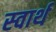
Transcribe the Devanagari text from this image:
स्‍वार्थ